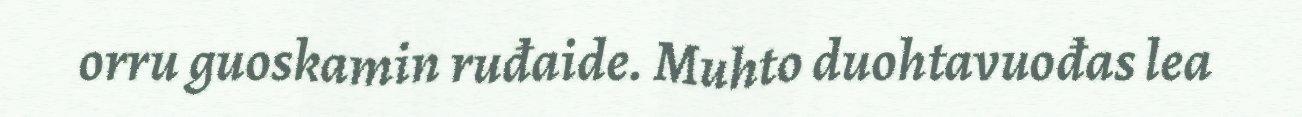
orru guoskamin ruđaide. Muhto duohtavuođas lea